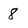
Character: 8